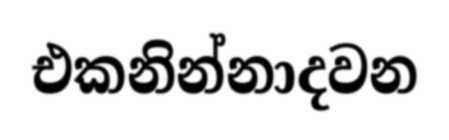
එකනින්නාදවන